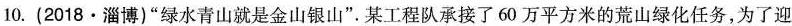
10. (2018·淄博)“绿水青山就是金山银山”。某工程队承接了60万平方米的荒山绿化任务，为了迎